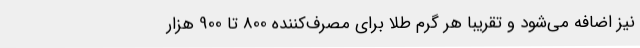
نیز اضافه می‌شود و تقریباً هر گرم طلا برای مصرف‌کننده 800 تا 900 هزار